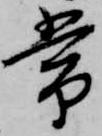
常